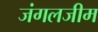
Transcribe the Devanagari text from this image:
जंगलजीम